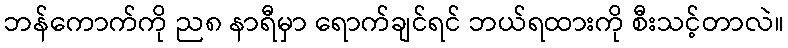
ဘန်ကောက်ကို ည၈ နာရီမှာ ရောက်ချင်ရင် ဘယ်ရထားကို စီးသင့်တာလဲ။